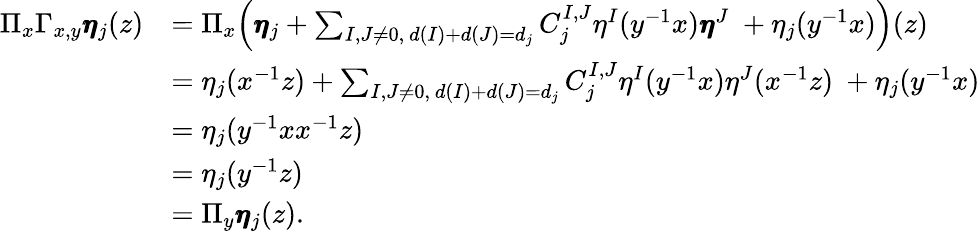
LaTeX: \begin{array}{rl}{\Pi_{x}\Gamma_{x,y}\pmb{\eta}_{j}(z)}&{=\Pi_{x}\Big(\pmb{\eta}_{j}+\sum_{I,J\neq 0,\ d(I)+d(J)=d_{j}}C_{j}^{I,J}\eta^{I}(y^{-1}x)\pmb{\eta}^{J}\ +\eta_{j}(y^{-1}x)\Big)(z)}\\ &{=\eta_{j}(x^{-1}z)+\sum_{I,J\neq 0,\ d(I)+d(J)=d_{j}}C_{j}^{I,J}\eta^{I}(y^{-1}x)\eta^{J}(x^{-1}z)\ +\eta_{j}(y^{-1}x)}\\ &{=\eta_{j}(y^{-1}xx^{-1}z)}\\ &{=\eta_{j}(y^{-1}z)}\\ &{=\Pi_{y}\pmb{\eta}_{j}(z).}\end{array}